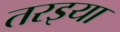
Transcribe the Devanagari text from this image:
तरइया